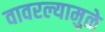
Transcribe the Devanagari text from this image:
वावरल्यामुळे